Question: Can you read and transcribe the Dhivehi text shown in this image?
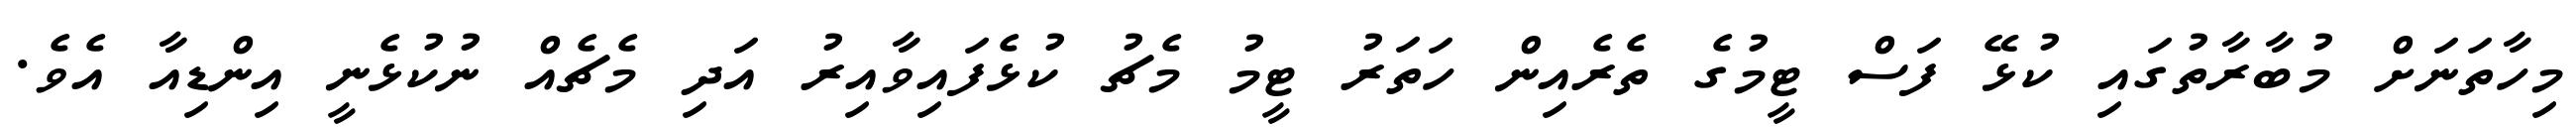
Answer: މިހާތަނަށް މުބާރާތުގައި ކުޅޭ ފަސް ޓީމުގެ ތެރެއިން ހަތަރު ޓީމު މެޗު ކުޅެފައިވާއިރު އަދި މެޗެއް ނުކުޅެނީ އިންޑިއާ އެވެ.